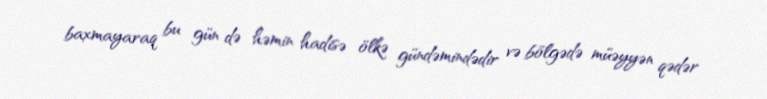
baxmayaraq bu gün də həmin hadisə ölkə gündəmindədir və bölgədə müəyyən qədər